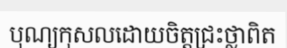
បុណ្យកុសលដោយចិត្តជ្រះថ្លាពិត